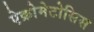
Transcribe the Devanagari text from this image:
ऐक्रोमेटोसिस